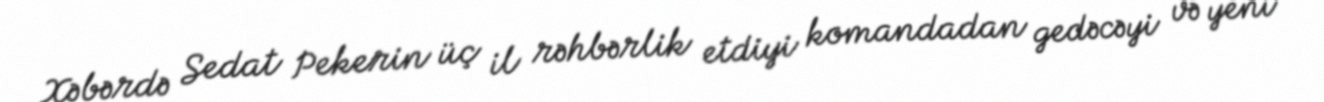
Xəbərdə Sedat Pekerin üç il rəhbərlik etdiyi komandadan gedəcəyi və yeni